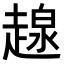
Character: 𧼷